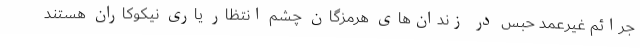
جرائم غیرعمد حبس در زندان‌های هرمزگان چشم انتظار یاری نیکوکاران هستند